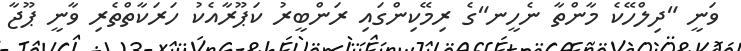
ވަނީ "ދިލްހޭކެ މާންތާ ނެހީނ"ގެ ރިމޭކިންގައި ރަންބީރު ކަޕޫރާއެކު ހަރަކާތްތެރި ވާނީ ޕޫޖާ